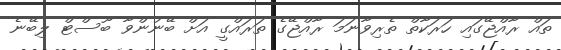
ތައް ރާއްޖޭގައި ހަރަކާތް ތެރިވާނަމަ ރާއްޖޭގެ ތަރައްގީ އަށް ބޭނުންވާ ބޫސްޓް ލިބޭނެ